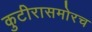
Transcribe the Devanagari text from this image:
कुटीरासमोरच